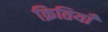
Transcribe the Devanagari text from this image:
क्रितियाँ